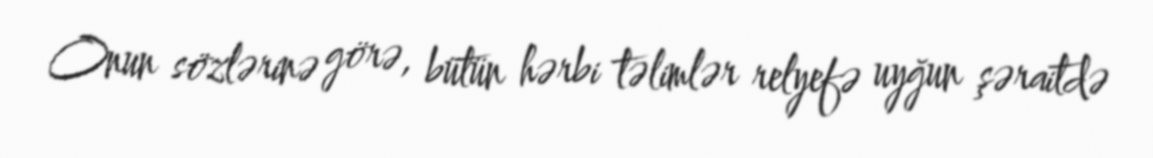
Onun sözlərinə görə, bütün hərbi təlimlər relyefə uyğun şəraitdə